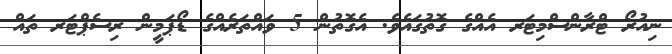
ނިއުރޯ ޓްރާންސްމިޓަރ އެއްގެ ގޮތުގައެވެ. އެގޮތުން 5 ވައްތަރެއްގެ ޑޯޕަމީން ރިސެޕްޓަރ ތައް